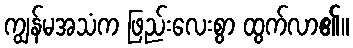
ကျွန်မအသံက ဖြည်းလေးစွာ ထွက်လာ၏။